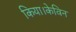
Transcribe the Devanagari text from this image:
किया।केविन